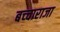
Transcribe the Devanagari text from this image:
बच्‍चाराजा